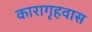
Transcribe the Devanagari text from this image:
कारागृहवास